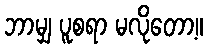
ဘာမျှ ပူစရာ မလိုတော့။